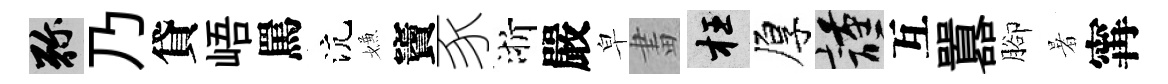
弥乃貸峿罵沆嫌竇豕浙嚴皁畫枉厚謹互囂腳暑𡩋